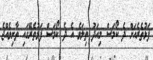
ފަޅުތެރެއަށް ދެ ކޯމަސް މިއަދު ތިލަވެ އެ ދެ ކޯމަސް ފަޅުތެރޭގައި ތާށިވެއްޖެ